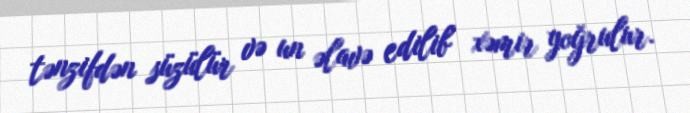
tənzifdən süzülür və un əlavə edilib xəmir yoğrulur.